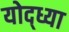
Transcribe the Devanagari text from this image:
योद्ध्या